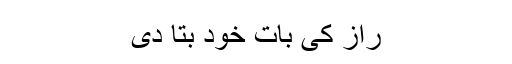
راز کی بات خود بتا دی